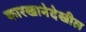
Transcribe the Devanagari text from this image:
कारखानेदेखील